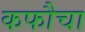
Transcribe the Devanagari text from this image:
कफौचा